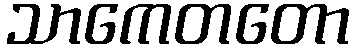
သာကေတတော